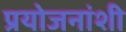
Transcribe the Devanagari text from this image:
प्रयोजनांशी